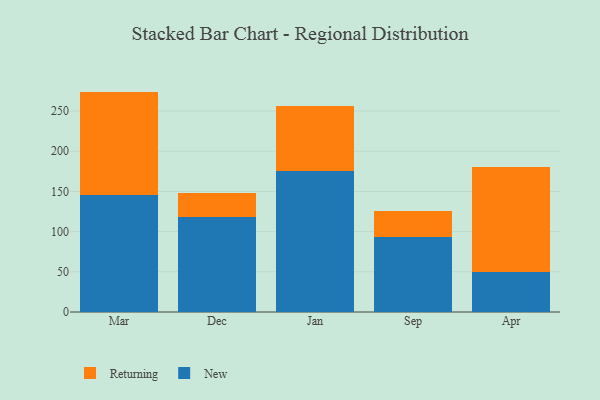
{"axis": {"x": "Month", "y": "Energy Usage (MWh)"}, "legend": ["New", "Returning"], "data": [{"x": "Mar", "y": 145.3, "type": "New"}, {"x": "Mar", "y": 128.9, "type": "Returning"}, {"x": "Dec", "y": 118.7, "type": "New"}, {"x": "Dec", "y": 29.1, "type": "Returning"}, {"x": "Jan", "y": 175.9, "type": "New"}, {"x": "Jan", "y": 79.8, "type": "Returning"}, {"x": "Sep", "y": 93.7, "type": "New"}, {"x": "Sep", "y": 32.2, "type": "Returning"}, {"x": "Apr", "y": 49.8, "type": "New"}, {"x": "Apr", "y": 130.3, "type": "Returning"}]}